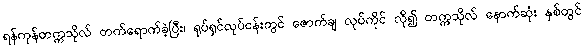
ရန်ကုန်တက္ကသိုလ် တက်ရောက်ခဲ့ပြီး၊ ရုပ်ရှင်လုပ်ငန်းတွင် ဇောက်ချ လုပ်ကိုင် လို၍ တက္ကသိုလ် နောက်ဆုံး နှစ်တွင်